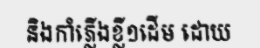
និងកាំភ្លើងខ្លី១ដើម ដោយ